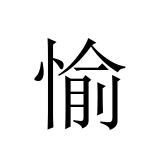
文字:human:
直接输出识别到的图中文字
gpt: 愉